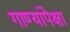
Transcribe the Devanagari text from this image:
गाण्यांपेक्षा